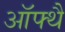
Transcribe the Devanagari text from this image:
ऑफ्थै